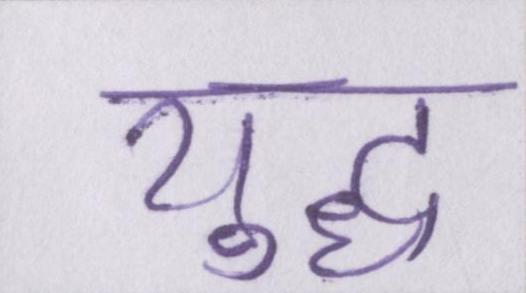
युद्ध